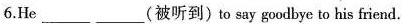
6.He___ ____(被听到)to say goodbye to his friend.